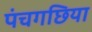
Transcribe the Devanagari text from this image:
पंचगछिया